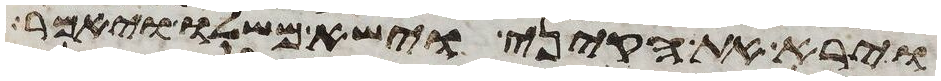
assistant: וירא את הקיני וישא משלו ויאמר